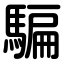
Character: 騙